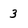
Character: 3